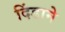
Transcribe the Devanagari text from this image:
दिंडाने